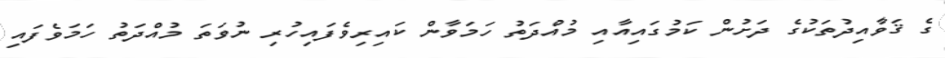
ގެ ޤަވާއިދުތަކުގެ ދަށުން ކަމުގައިއާއި މުއްދަތު ހަމަވާން ކައިރިވެފައިހުރި ނުވަތަ މުއްދަތު ހަމަވެފައި